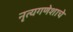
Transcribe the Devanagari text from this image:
नृत्यगणेशाचे